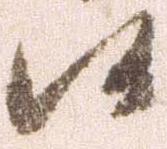
候